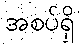
အစပ်ရှိ